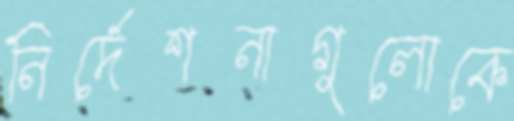
নির্দেশনাগুলোকে